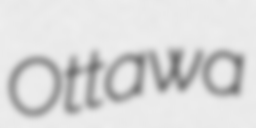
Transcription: Ottawa